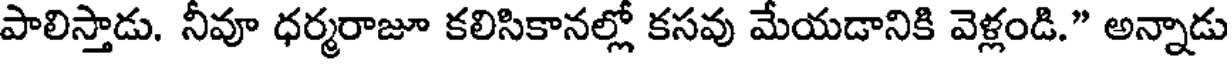
పాలిస్తాడు. నీవూ ధర్మరాజూ కలిసికానల్లో కసవు మేయడానికి వెళ్లండి." అన్నాడు